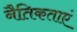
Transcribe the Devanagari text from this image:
नैतिकताएं